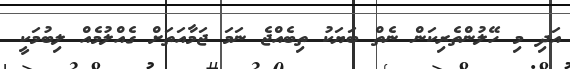
އަދި މި ހޭލުންތެރިކަން ނެތް ބަޔަކު ތިބެއްޖެ ނަމަ ޖަމާއަތަށް ގެއްލުމެއް ލިބުމަކީ